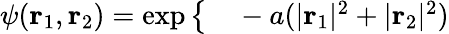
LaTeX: \begin{array}{rl}{\psi(\mathbf{r}_{1},\mathbf{r}_{2})=\exp\big\{ }&{{}-a(|\mathbf{r}_{1}|^{2}+|\mathbf{r}_{2}|^{2})}\end{array}